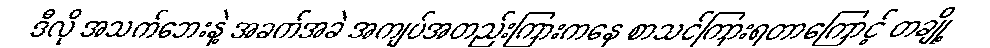
ဒီလို အသက်ဘေးနဲ့ အခက်အခဲ အကျပ်အတည်းကြားကနေ စာသင်ကြားရတာကြောင့် တချို့